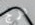
درج